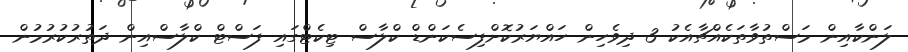
ލަންކާއިން މަސްތުވާތަކެއްޗާއެކު 3 ދިވެހިން ހައްޔަރުކޮށްފިސެކަންޑް ކްލާސް ޓިކެޓްގައި ފަސްޓް ކްލާސްއިން ދަތުރުކުރުމުން